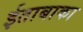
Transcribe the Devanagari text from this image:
ईताबाका